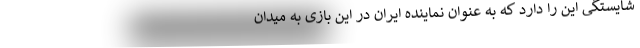
شایستگی این را دارد که به عنوان نماینده ایران در این بازی به میدان